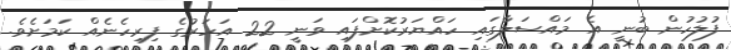
ފުލުހުން ބުނީ އެ މައްސަލާގައި ހައްޔަރުކޮށްފައި ވަނީ 22 އަހަރުގެ ފިރިހެނެއް ކަމަށެވެ.